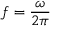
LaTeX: f = { \frac { \omega } { 2 \pi } }